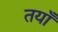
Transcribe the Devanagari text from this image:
तयाँ